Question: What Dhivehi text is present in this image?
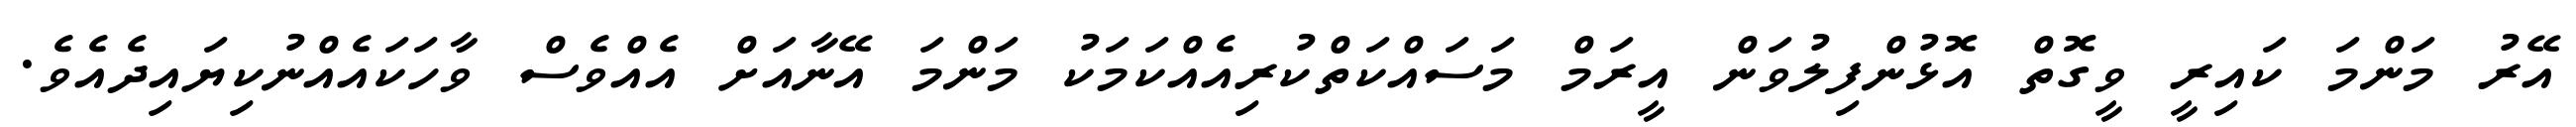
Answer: އޭރު މަންމަ ކައިރީ ވީގޮތް އޮޅުންފިލުވަން އީރަމް މަސައްކަތްކުރިއެއްކަމަކު މަންމަ އޭނާއަށް އެއްވެސް ވާހަކައެއްނުކިޔައިދެއެވެ.